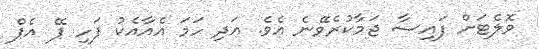
ވޮލެޓަށް ފައިސާ ޖަމާކުރެވޭނެ އެވެ. އަދި ހަމަ އެއާއެކު ފަހި ޕޭ އެޕް